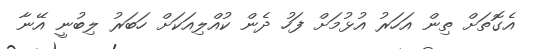
އެގޮތަށް ތިން އަހަރު އުޅުމަށް ފަހު ދެން ކުއްލިއަކަށް ހަބަރު ލިބުނީ އޭނާ